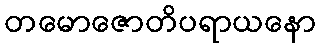
တမောဇောတိပရာယနော